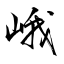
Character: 峨